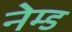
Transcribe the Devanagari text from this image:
नेम्‍ड